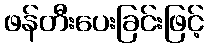
ဖန်တီးပေးခြင်းဖြင့်